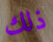
ذلك